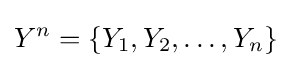
Y^{n}=\{Y_{1},Y_{2},\dots ,Y_{n}\}